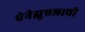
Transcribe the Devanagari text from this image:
वेनेझुएलाची